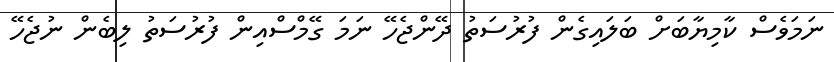
ނަމަވެސް ކާމިޔާބަށް ބަލައިގެން ފުރުސަތު ދޭންޖެހޭ ނަމަ ގޭމްސްއިން ފުރުސަތު ލިބެން ނުޖެހޭ